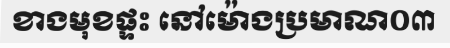
ខាងមុខផ្ទះ នៅម៉ោងប្រមាណ០៣